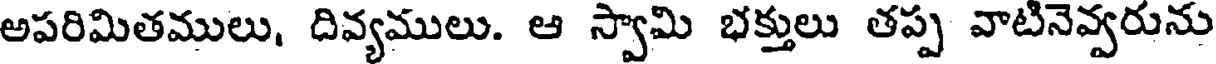
అపరిమితములు, దివ్యములు. ఆ స్వామి భక్తులు తప్ప వాటినెవ్వరును